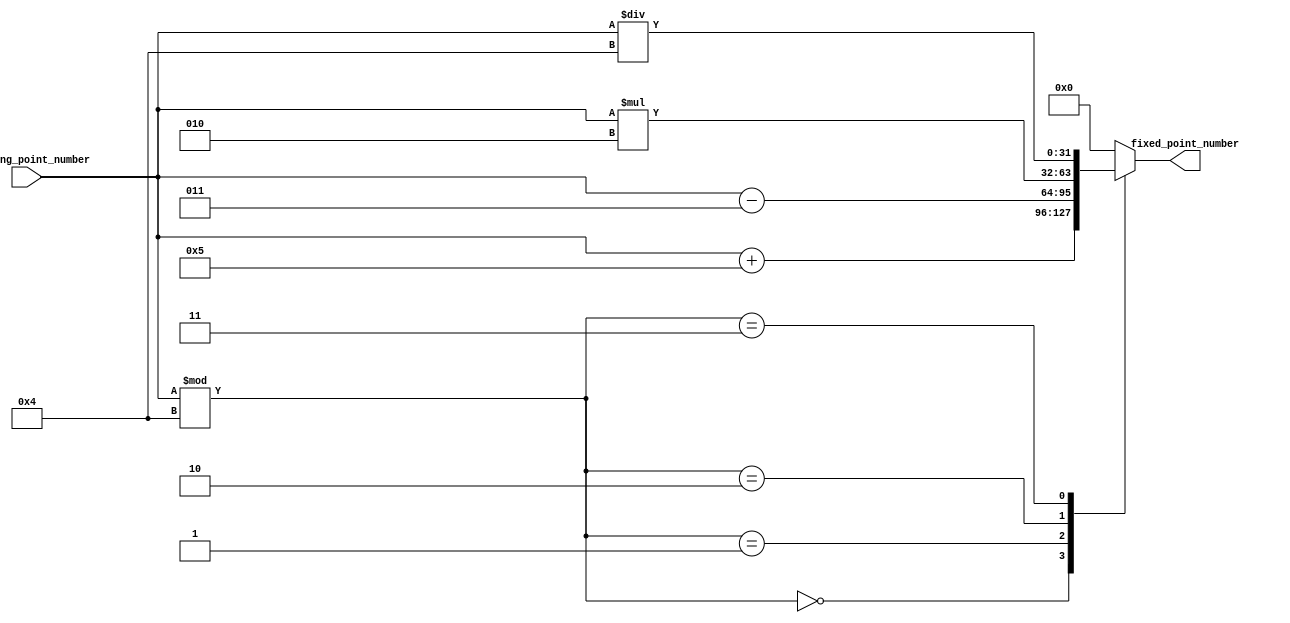
module FixedPointConverter(
    input wire signed [31:0] floating_point_number,
    output reg signed [31:0] fixed_point_number
);

// Addition block
reg signed [31:0] add_result;
assign add_result = floating_point_number + 5;

// Subtraction block
reg signed [31:0] sub_result;
assign sub_result = floating_point_number - 3;

// Multiplication block
reg signed [31:0] mul_result;
assign mul_result = floating_point_number * 2;

// Division block
reg signed [31:0] div_result;
assign div_result = floating_point_number / 4;

// Applying appropriate arithmetic blocks based on requirements
always @(*)
begin
    case (floating_point_number % 4)
        0: fixed_point_number = add_result;
        1: fixed_point_number = sub_result;
        2: fixed_point_number = mul_result;
        3: fixed_point_number = div_result;
        default: fixed_point_number = 0; // Default case
    endcase
end

endmodule